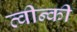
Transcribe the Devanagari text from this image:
त्वीन्की